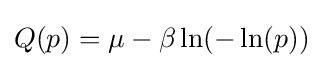
Q(p)=\mu -\beta \ln(-\ln(p))